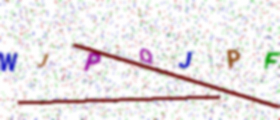
Text: WJPQJPF